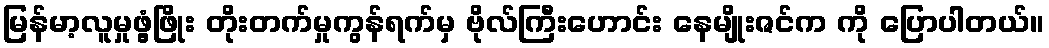
မြန်မာ့လူမှုဖွံ့ဖြိုး တိုးတက်မှုကွန်ရက်မှ ဗိုလ်ကြီးဟောင်း နေမျိုးဇင်က ကို ပြောပါတယ်။